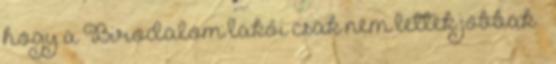
hogy a Birodalom lakói csak nem lettek jobbak –